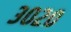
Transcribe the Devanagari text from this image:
३०२०